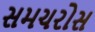
સમચરોસ